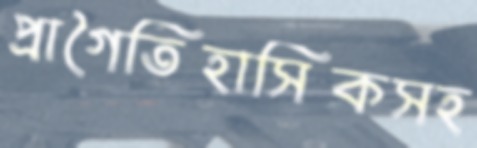
প্রাগৈতিহাসিকসহ